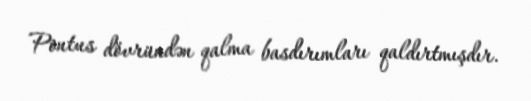
Pontus dövründən qalma basdırımları qaldırtmışdır.